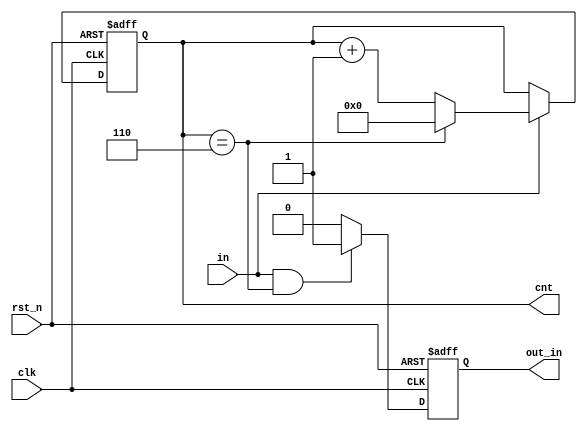
`timescale 1ns / 1ps
module counter_2(clk, in, rst_n, out_in, cnt);
input clk;
input in;
input rst_n;
output reg out_in;
output reg [3:0] cnt;

always@(posedge clk or negedge rst_n) 
    if(~rst_n)
        cnt <= 0;
    else if(in) 
        begin
            if(cnt == 4'd6)
                cnt <= 4'd0;
            else
                cnt <= cnt + 1'b1;
        end

always@(posedge clk or negedge rst_n) 
    if(rst_n == 1'b0)
        out_in <= 1'b0;
    else if(in == 1'b1 && cnt == 4'd6)
        out_in <= 1'b1;
    else
        out_in <= 1'b0;
endmodule